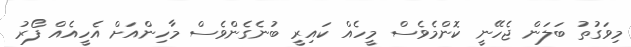
މިވަގުތު ބަލަން ޖެހޭނީ ކޮންމެވެސް މީހެއް ކައިރީ ބުނެގެންވެސް މާހިންއަށް އެހީއެއް ފޯރު